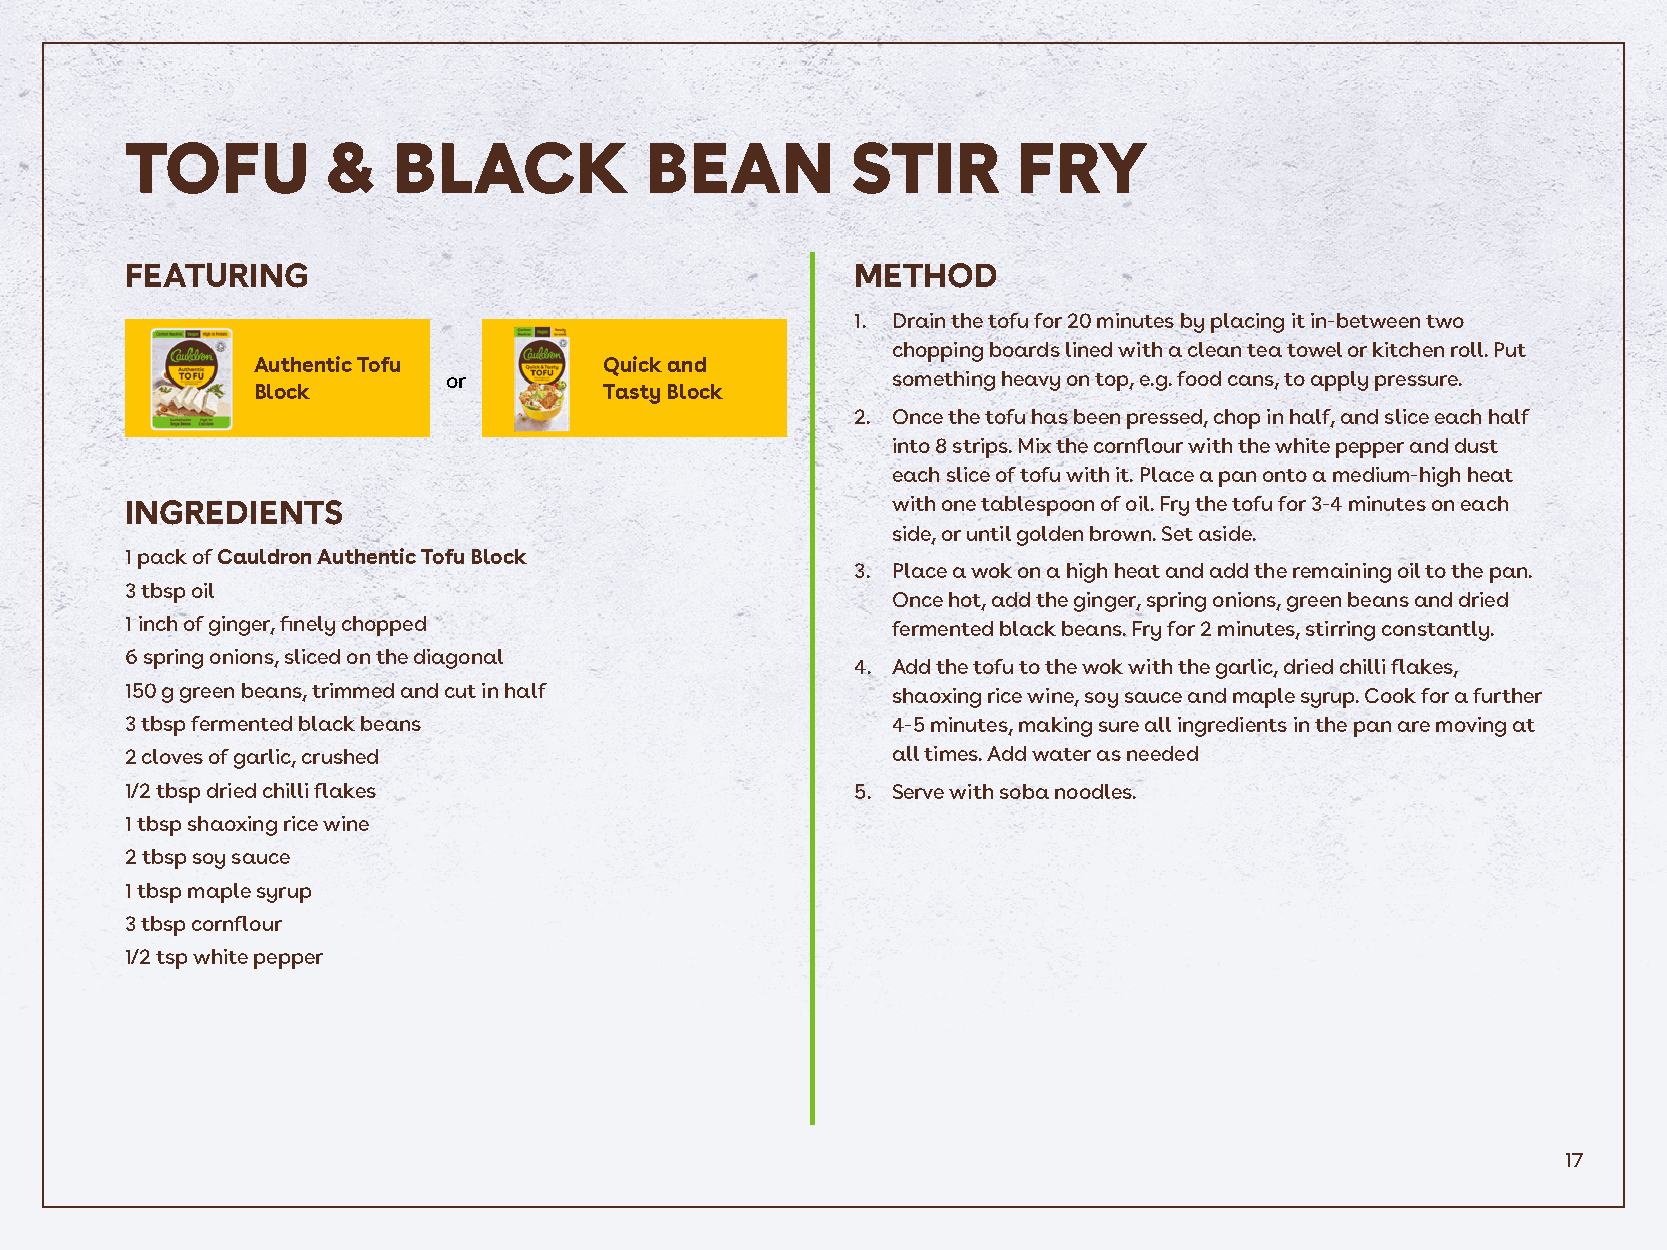
TOFU         &    BLACK            BEAN         STIR       FRY
 FEATURING                                        METHOD
 1. Drain the tofu for 20 minutes by placing it in-between two
 chopping boards lined with a clean tea towel or kitchen roll. Put
 Authentic Tofu         Quick and
 or                           something heavy on top, e.g. food cans, to apply pressure.
 Block                  Tasty Block
 2. Once the tofu has been pressed, chop in half, and slice each half
 into 8 strips. Mix the cornflour with the white pepper and dust
 each slice of tofu with it. Place a pan onto a medium-high heat
 INGREDIENTS                                        with one tablespoon of oil. Fry the tofu for 3-4 minutes on each
 side, or until golden brown. Set aside.
 1 pack of Cauldron Authentic Tofu Block
 3. Place a wok on a high heat and add the remaining oil to the pan.
 3 tbsp oil
 Once hot, add the ginger, spring onions, green beans and dried
 1 inch of ginger, finely chopped                   fermented black beans. Fry for 2 minutes, stirring constantly.
 6 spring onions, sliced on the diagonal
 4. Add the tofu to the wok with the garlic, dried chilli flakes,
 150 g green beans, trimmed and cut in half         shaoxing rice wine, soy sauce and maple syrup. Cook for a further
 3 tbsp fermented black beans                       4-5 minutes, making sure all ingredients in the pan are moving at
 2 cloves of garlic, crushed                        all times. Add water as needed
 1/2 tbsp dried chilli flakes                     5. Serve with soba noodles.
 1 tbsp shaoxing rice wine
 2 tbsp soy sauce
 1 tbsp maple syrup
 3 tbsp cornflour
 1/2 tsp white pepper
 17